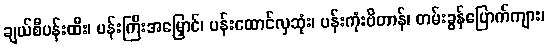
ချယ်စီပန်းထီး၊ ပန်းကြီးအမြှောင်၊ ပန်းထောင်လှဆုံး၊ ပန်းကုံးဗိတာန်၊ တမ်းခွန်ပြောက်ကျား၊